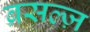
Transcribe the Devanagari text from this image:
ब्रसल्ज़